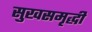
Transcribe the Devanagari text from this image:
सुखसमृद्धी